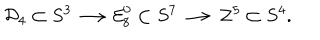
{ \cal D } _ { 4 } \subset S ^ { 3 } \longrightarrow { \cal E } _ { 8 } ^ { 0 } \subset S ^ { 7 } \longrightarrow { \cal Z } ^ { 5 } \subset S ^ { 4 } .